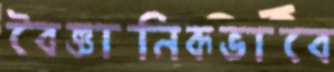
বৈজ্ঞানিকভাবে